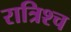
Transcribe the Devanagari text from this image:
रात्रिश्च